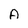
Character: A